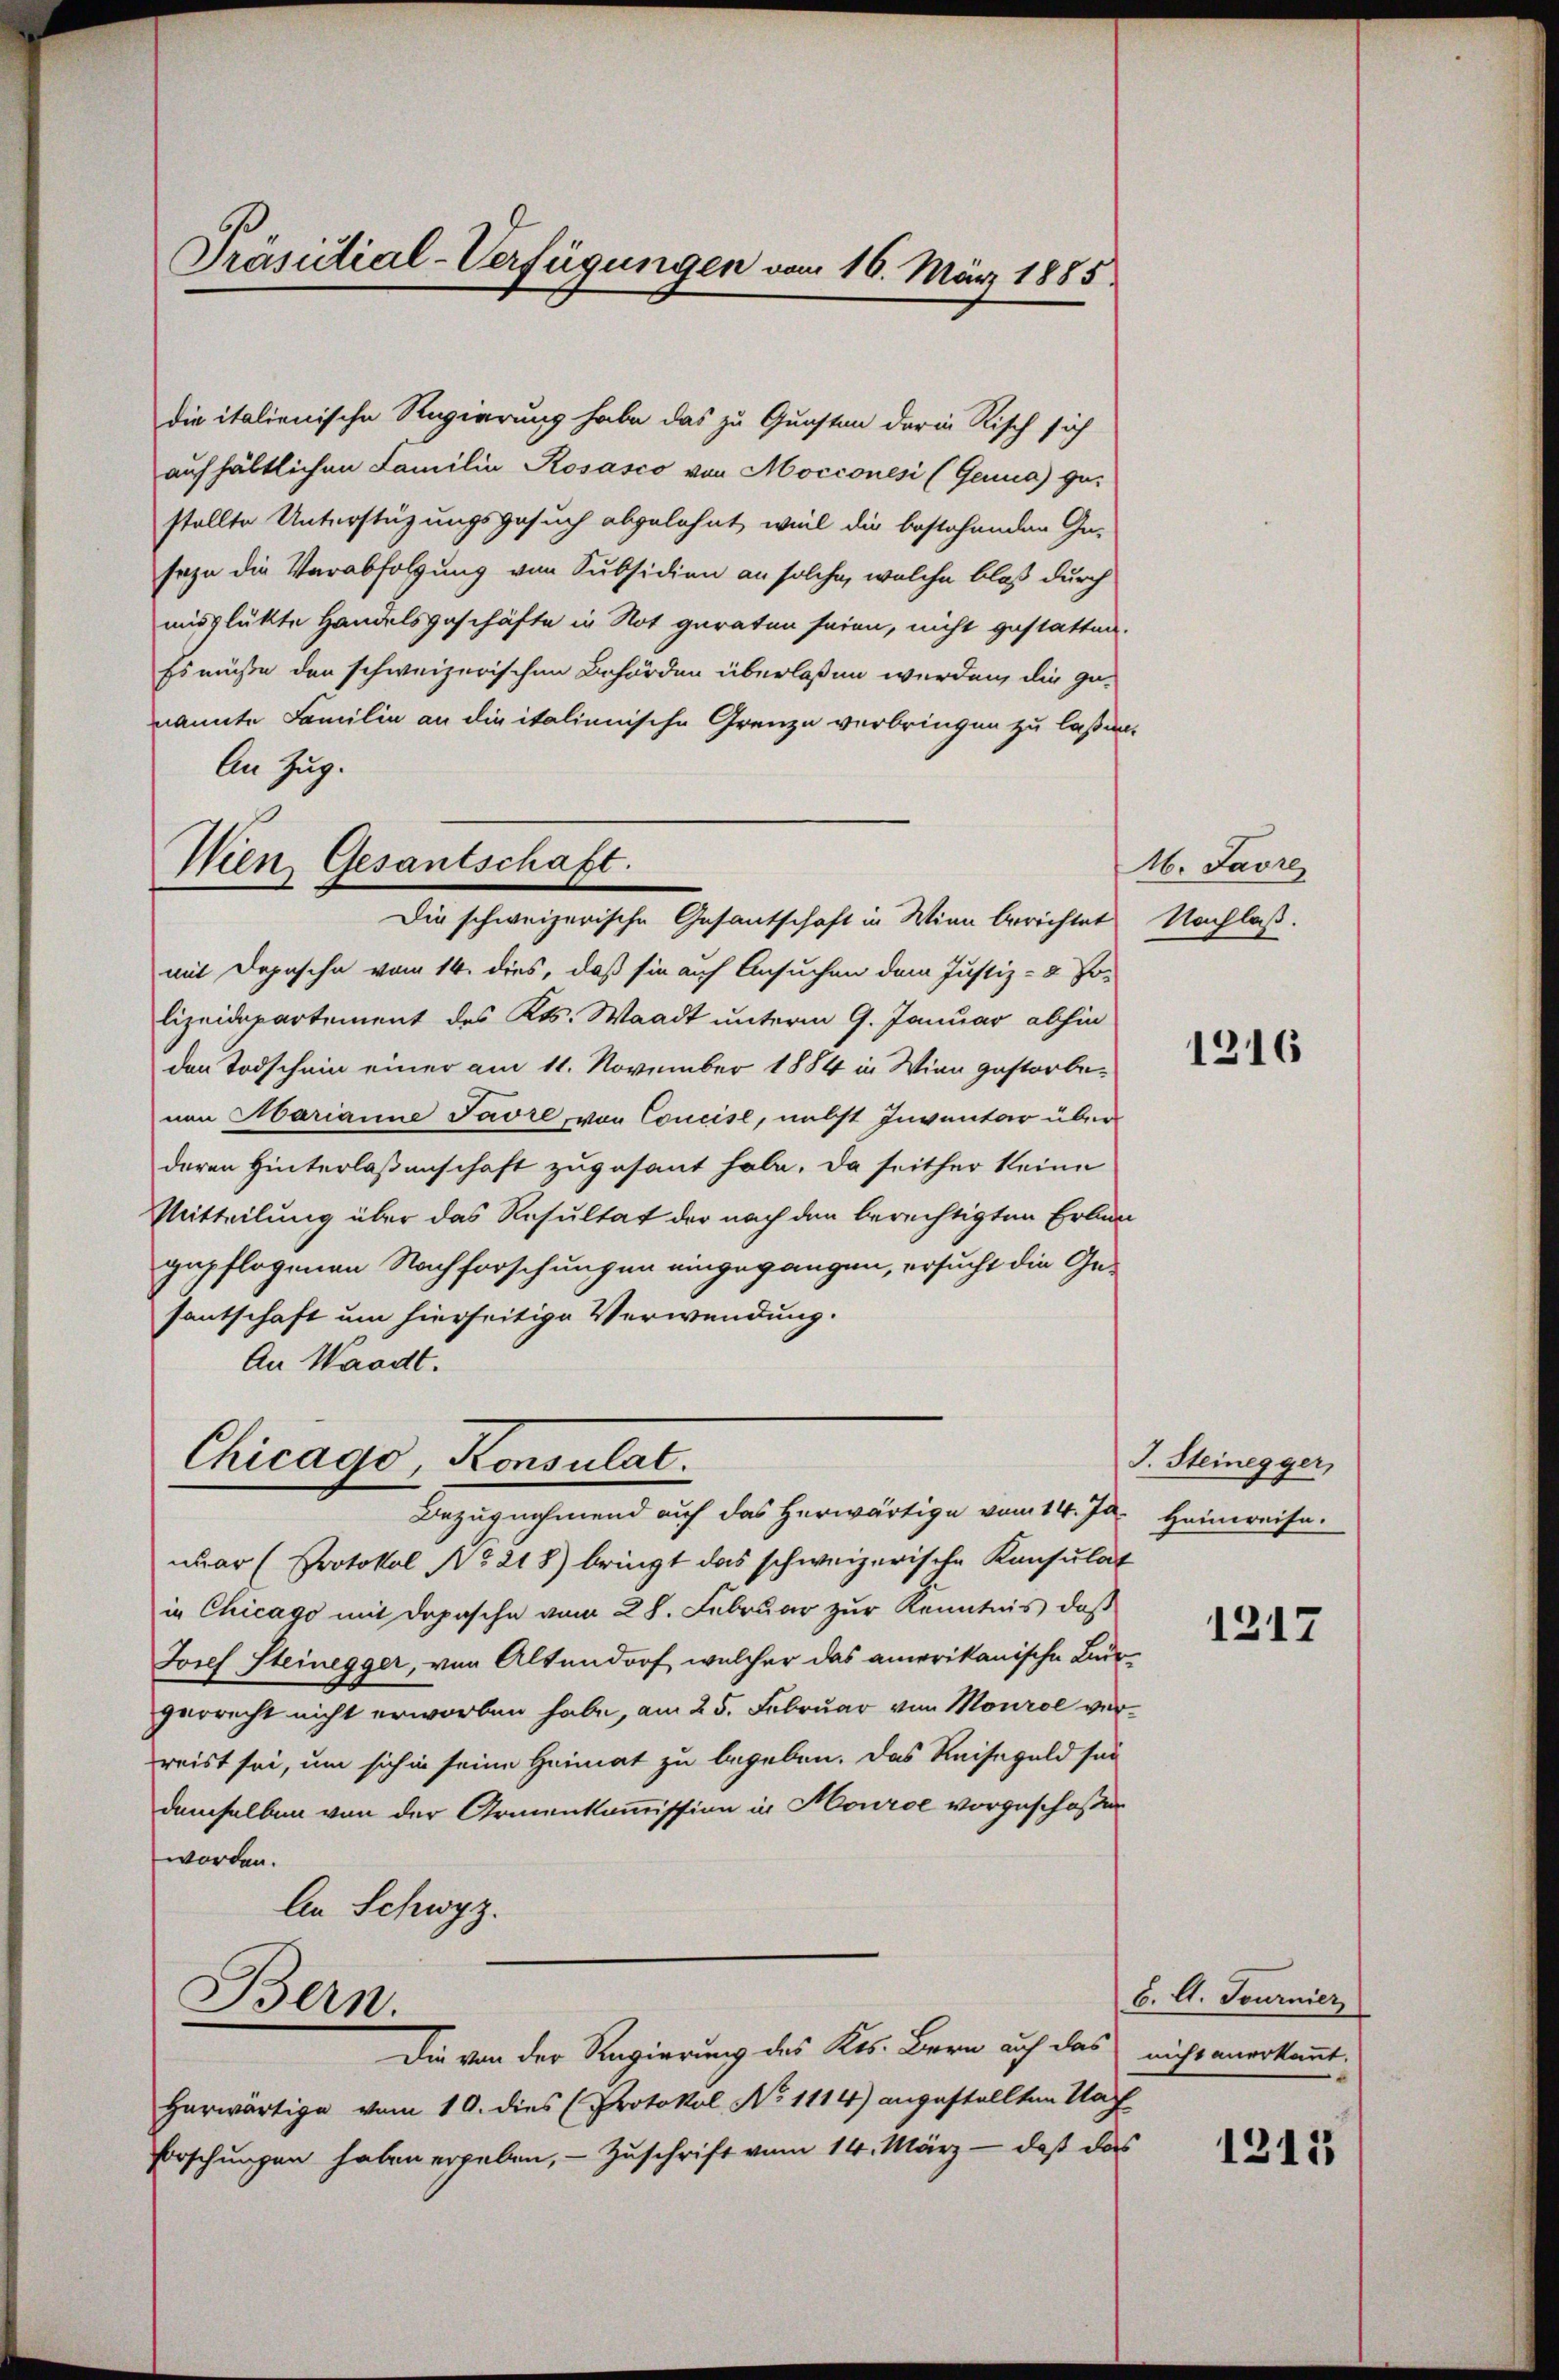
Präsidial-Verfügungen vom 16. März 1885.

Wien Gesantschaft.
Die schweizerische Gesantschaft in Wien berichtet

die italienische Regierung habe das zu Gunsten darin Risch sich
aufhältlichen Familie Kosasco von Mocconési (Genua) gestellte Unterstüzungsgesuch abgelehnt, weil die bestehenden Ge-
seyn die Verabfolgung von Subsidien an solche, welche bloß durch
misglükte Handelsgeschäfte in Not geraten seien, nicht gestatten
Es müsse den schweizerischen Behörden überlaßen werden, die ge-
nannte Familie an die italienische Grenze verbringen zu laßen
ln Zug.
mit Depesche vom 14. dies, daß sie auf Ansuchen dem Justiz- & Po-
lizeidepartement des Kts. Waadt unterm 9. Januar abhin
den Todschein einer am 11. November 1884 in Wien gestorbeven Marianne Favre, von Concise, nebst Inventar über
deren Hinterlaßenschaft zugesant habe. Da seither keine
Mitteilung über das Resultat der nach den berechtigten Erlegepflogenen Nachforschungen eingegangen, ersucht die Gesantschaft um hierseitige Verwendung.
An Waadt.

Chicago, Konsulat
Bezugnehmend auf das herwärtige vom 14. Ja¬

nuar (Protokol No 218) bringt das schweizerische Konsulat
in Chicago mit Dapasche vom 28. Februar zur Kenntnis, daß
Josef Steinegger, von Altendorf, welcher das amerikanische Burgerrecht nicht erworben habe, am 25. Februar von Mourol verwreist sei, um sich in seine Heimat zu begeben. Das Reisegeld sei
demselben von der Armenkommission in Hourse vorgeschoßen
worden.
An Schwyz.
Bern.
Die von der Regierung des Kts. Bern auf das nicht anerkannt
Herwärtige vom 10. dies (Protokol No 1114) angestellten Nach
Forschungen haben ergeben, - Zuschrift vom 14. März - daß das

16. Javre
Nachlaß.

1216

J. Steinegger,
Heimreise.

1217

6. A. Tournier

1215